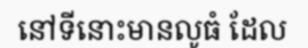
នៅទីនោះមានលូធំ ដែល